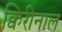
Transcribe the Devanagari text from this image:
क्विरीनाल